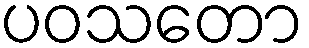
ပဝသတော